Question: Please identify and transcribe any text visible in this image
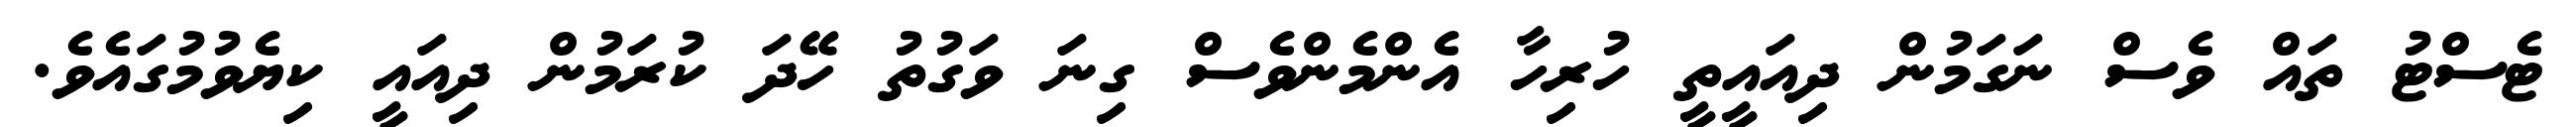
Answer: ޓެސްޓު ތައް ވެސް ނަގަމުން ދިއައީތީ ހުރިހާ އެންމެންވެސް ގިނަ ވަގުތު ހޭދަ ކުރަމުން ދިއައީ ކިޔެވުމުގައެވެ.